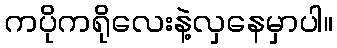
ကပိုကရိုလေးနဲ့လှနေမှာပါ။